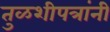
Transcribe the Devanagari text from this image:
तुळशीपत्रांनी